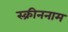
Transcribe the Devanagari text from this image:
स्क्रीननाम